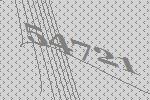
54721